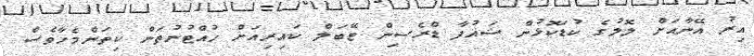
އިރު އޭނާއަށް ލޮލުގެ ކުޑަކޮޅުން ޝައުފާ ޑްރެސިން ޓޭބަލް ކައިރިއަށް ހުއްޓުނުތަން ކިތަންމެހާވެސް